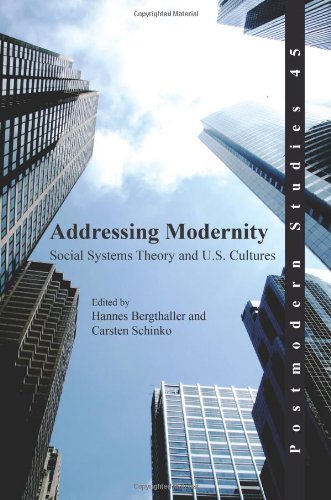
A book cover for Addressing Modernity: Social Systems Theory and U.S. Cultures. (Postmodern Studies); Politics & Social Sciences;